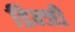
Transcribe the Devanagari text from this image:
डिन्जी